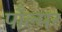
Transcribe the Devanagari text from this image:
पाँल्मर